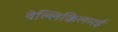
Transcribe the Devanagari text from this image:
वेल्लिक्किलमई